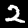
Digit: 2